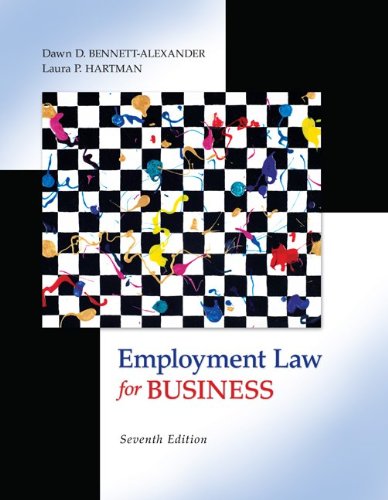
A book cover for Employment Law for Business; Dawn Bennett-Alexander; Law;